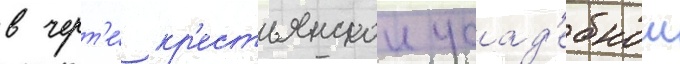
в черт'е́ кр'естьянскои усад'ебнои